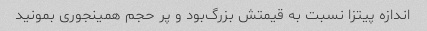
اندازه پیتزا نسبت به قیمتش بزرگ‌بود و پر حجم همینجوری بمونید